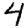
Digit: 4